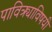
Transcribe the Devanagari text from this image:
पावित्र्याविषयी